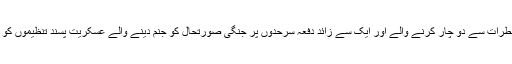
اور ملک کی سلامتی کو شدید خطرات سے دو چار کرنے والے اور ایک سے زائد دفعہ سرحدوں پر جنگی صورتحال کو جنم دینے والے عسکریت پسند تنظیموں کو برداشت کرنے کی کیا تُک ہے۔